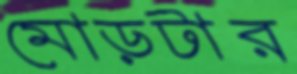
মোড়টার